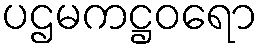
ပဌမကဋ္ဌဝရော